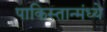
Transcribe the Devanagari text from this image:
पाकिस्तान्मंध्ये